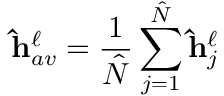
\mathbf { \hat { h } } _ { a v } ^ { \ell } = \frac { 1 } { \hat { N } } \sum _ { j = 1 } ^ { \hat { N } } \mathbf { \hat { h } } _ { j } ^ { \ell }